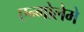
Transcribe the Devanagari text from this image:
एन्गोलेमे